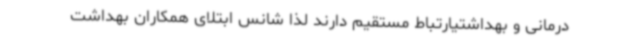
درمانی و بهداشتیارتباط مستقیم دارند لذا شانس ابتلای همکاران بهداشت